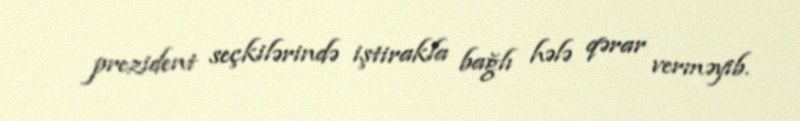
prezident seçkilərində iştirakla bağlı hələ qərar verməyib.